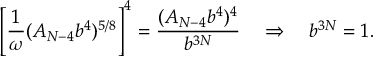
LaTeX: \left[ \frac { 1 } { \omega } ( A _ { N - 4 } b ^ { 4 } ) ^ { 5 / 8 } \right] ^ { 4 } = \frac { ( A _ { N - 4 } b ^ { 4 } ) ^ { 4 } } { b ^ { 3 N } } \quad \Rightarrow \quad b ^ { 3 N } = 1 .